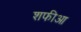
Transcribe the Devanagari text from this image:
शफीआ